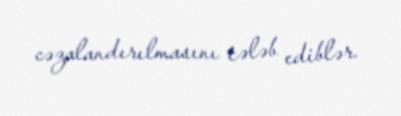
cəzalandırılmasını tələb ediblər.